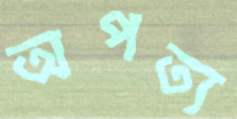
অপত্য